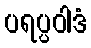
ပရပ္ပဝါဒံ